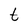
Character: t